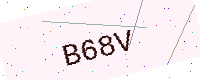
Text: B68V